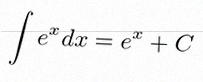
\int e^x dx=e^x+C